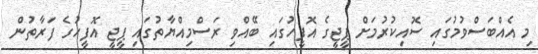
މި އެއްބަސްވުމުގައި ސޮއިކުރުމަށް ޕީޖީގެ އޮފީހުގައި ބޭއްވި ރަސްމިއްޔާތުގައި ޕީޖީ އޮފީހުގެ ފަރާތުން